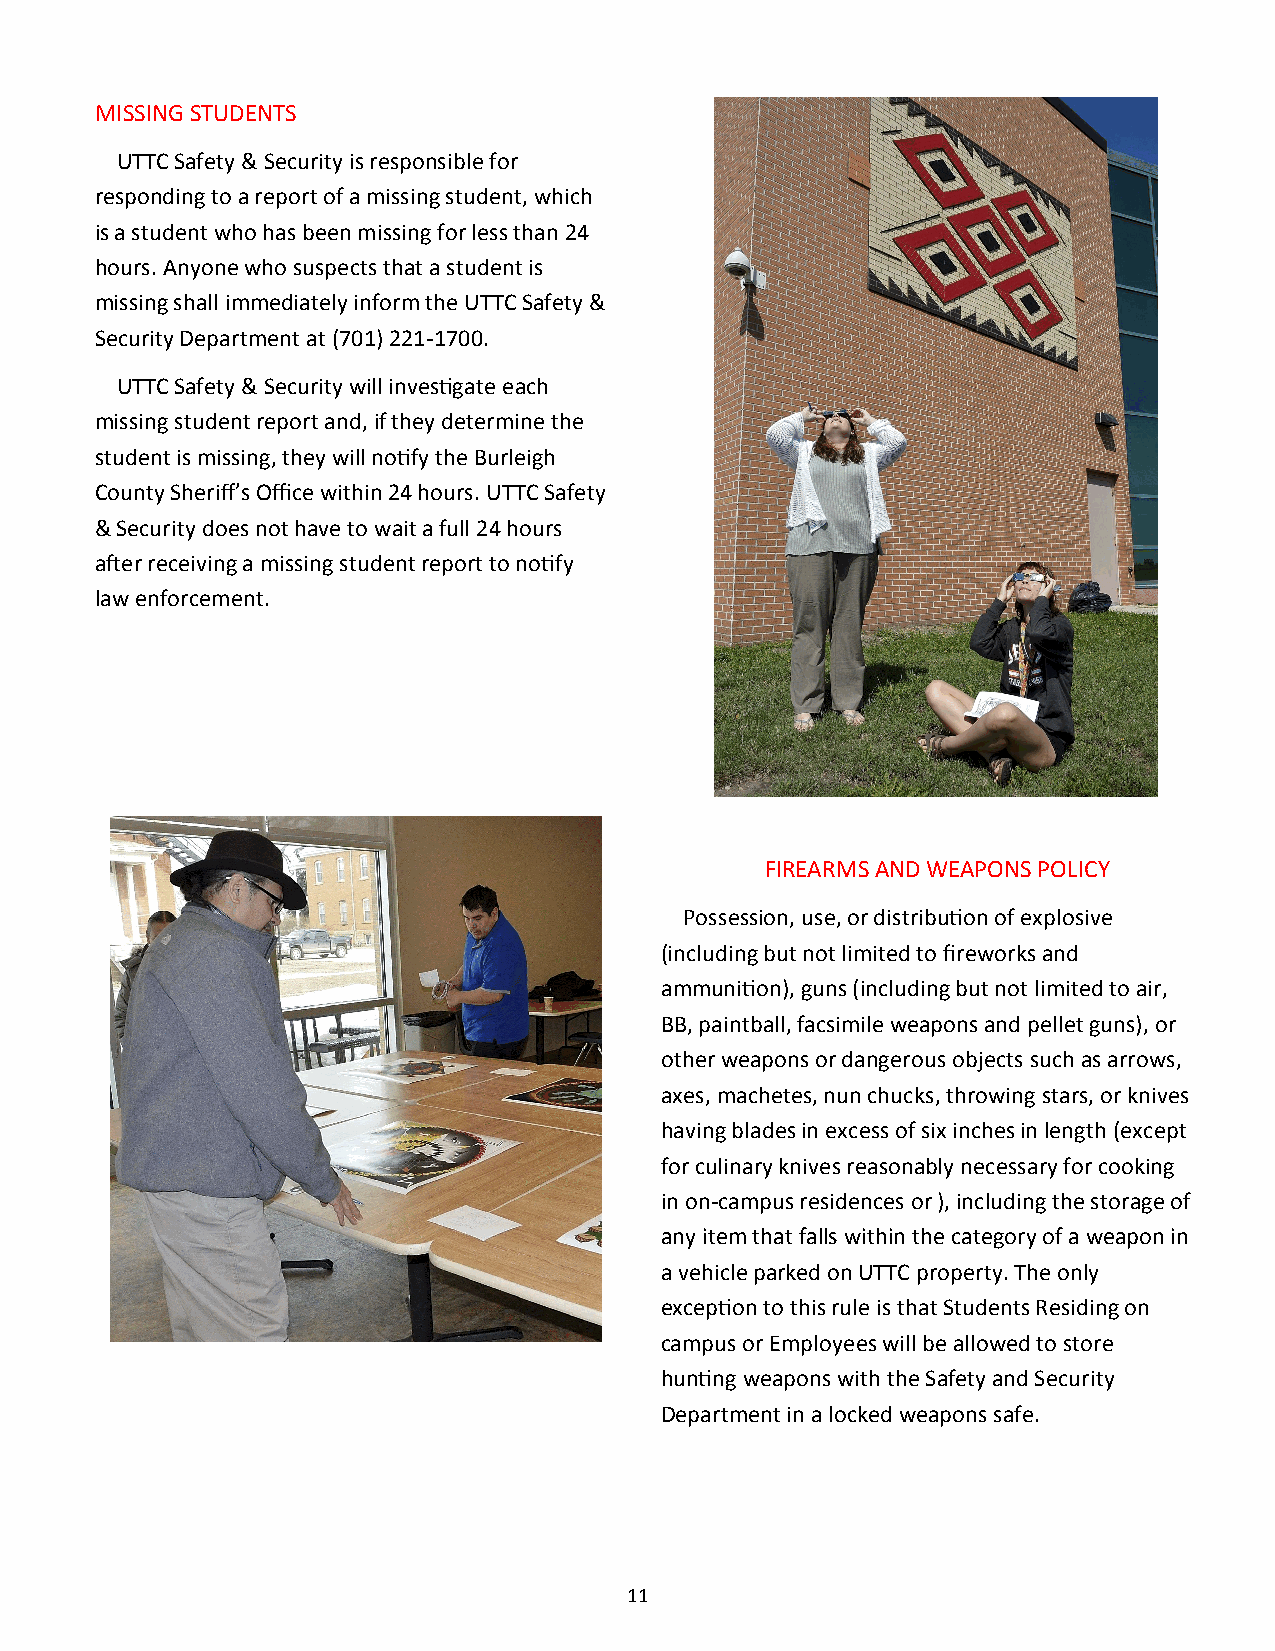
MISSING STUDENTS
 UTTC Safety & Security is responsible for
 responding to a report of a missing student, which
 is a student who has been missing for less than 24
 hours. Anyone who suspects that a student is
 missing shall immediately inform the UTTC Safety &
 Security Department at (701) 221-1700.
 UTTC Safety & Security will investigate each
 missing student report and, if they determine the
 student is missing, they will notify the Burleigh
 County Sheriff’s Office within 24 hours. UTTC Safety
 & Security does not have to wait a full 24 hours
 after receiving a missing student report to notify
 law enforcement.
 FIREARMS AND WEAPONS POLICY
 Possession, use, or distribution of explosive
 (including but not limited to fireworks and
 ammunition), guns (including but not limited to air,
 BB, paintball, facsimile weapons and pellet guns), or
 other weapons or dangerous objects such as arrows,
 axes, machetes, nun chucks, throwing stars, or knives
 having blades in excess of six inches in length (except
 for culinary knives reasonably necessary for cooking
 in on-campus residences or ), including the storage of
 any item that falls within the category of a weapon in
 a vehicle parked on UTTC property. The only
 exception to this rule is that Students Residing on
 campus or Employees will be allowed to store
 hunting weapons with the Safety and Security
 Department in a locked weapons safe.
 11